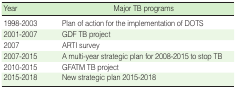
<table><thead><tr><td><b>Year</b></td><td><b>Major TB programs</b></td></tr></thead><tbody><tr><td>1998-2003</td><td>Plan of action for the implementation of DOTS</td></tr><tr><td>2001-2007</td><td>GDF TB project</td></tr><tr><td>2007</td><td>ARTI survey</td></tr><tr><td>2007-2015</td><td>A multi-year strategic plan for 2008-2015 to stop TB</td></tr><tr><td>2010-2015</td><td>GFATM TB project</td></tr><tr><td>2015-2018</td><td>New strategic plan 2015-2018</td></tr></tbody></table>